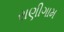
રાણીગામ